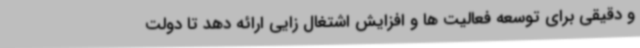
و دقیقی برای توسعه فعالیت ها و افزایش اشتغال زایی ارائه دهد تا دولت